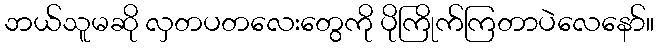
ဘယ်သူမဆို လှတပတလေးတွေကို ပိုကြိုက်ကြတာပဲလေနော်။